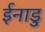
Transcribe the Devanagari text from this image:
ईनाडु